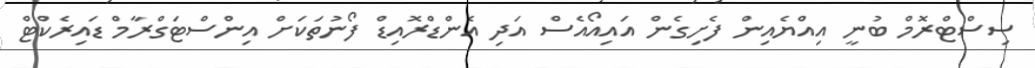
ސިސްޓްރޮމް ބުނީ އިއްޔެއިން ފެށިގެން އައިއޯއެސް އަދި އެންޑްރޮއިޑް ފޯނުތަކަށް އިންސްޓަގްރާމް ޑައިރެކްޓް